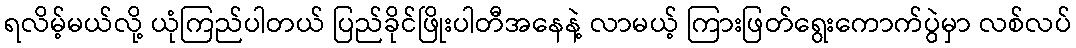
ရလိမ့်မယ်လို့ ယုံကြည်ပါတယ် ပြည်ခိုင်ဖြိုးပါတီအနေနဲ့ လာမယ့် ကြားဖြတ်ရွေးကောက်ပွဲမှာ လစ်လပ်